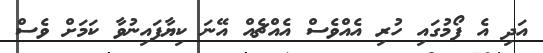
އަދި އެ ފޯމުގައި ހުރި އެއްވެސް އެއްޗެއް އޭނަ ކިޔާފައިނުވާ ކަމަށް ވެސް